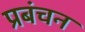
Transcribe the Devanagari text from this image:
प्रबंचन